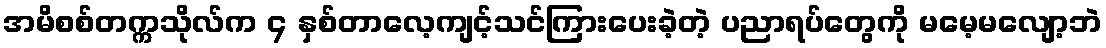
အမိစစ်တက္ကသိုလ်က ၄ နှစ်တာလေ့ကျင့်သင်ကြားပေးခဲ့တဲ့ ပညာရပ်တွေကို မမေ့မလျော့ဘဲ